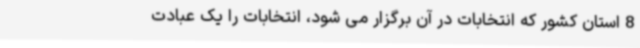
8 استان کشور که انتخابات در آن برگزار می شود، انتخابات را یک عبادت